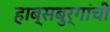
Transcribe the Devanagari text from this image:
हाब्सबुर्गांची